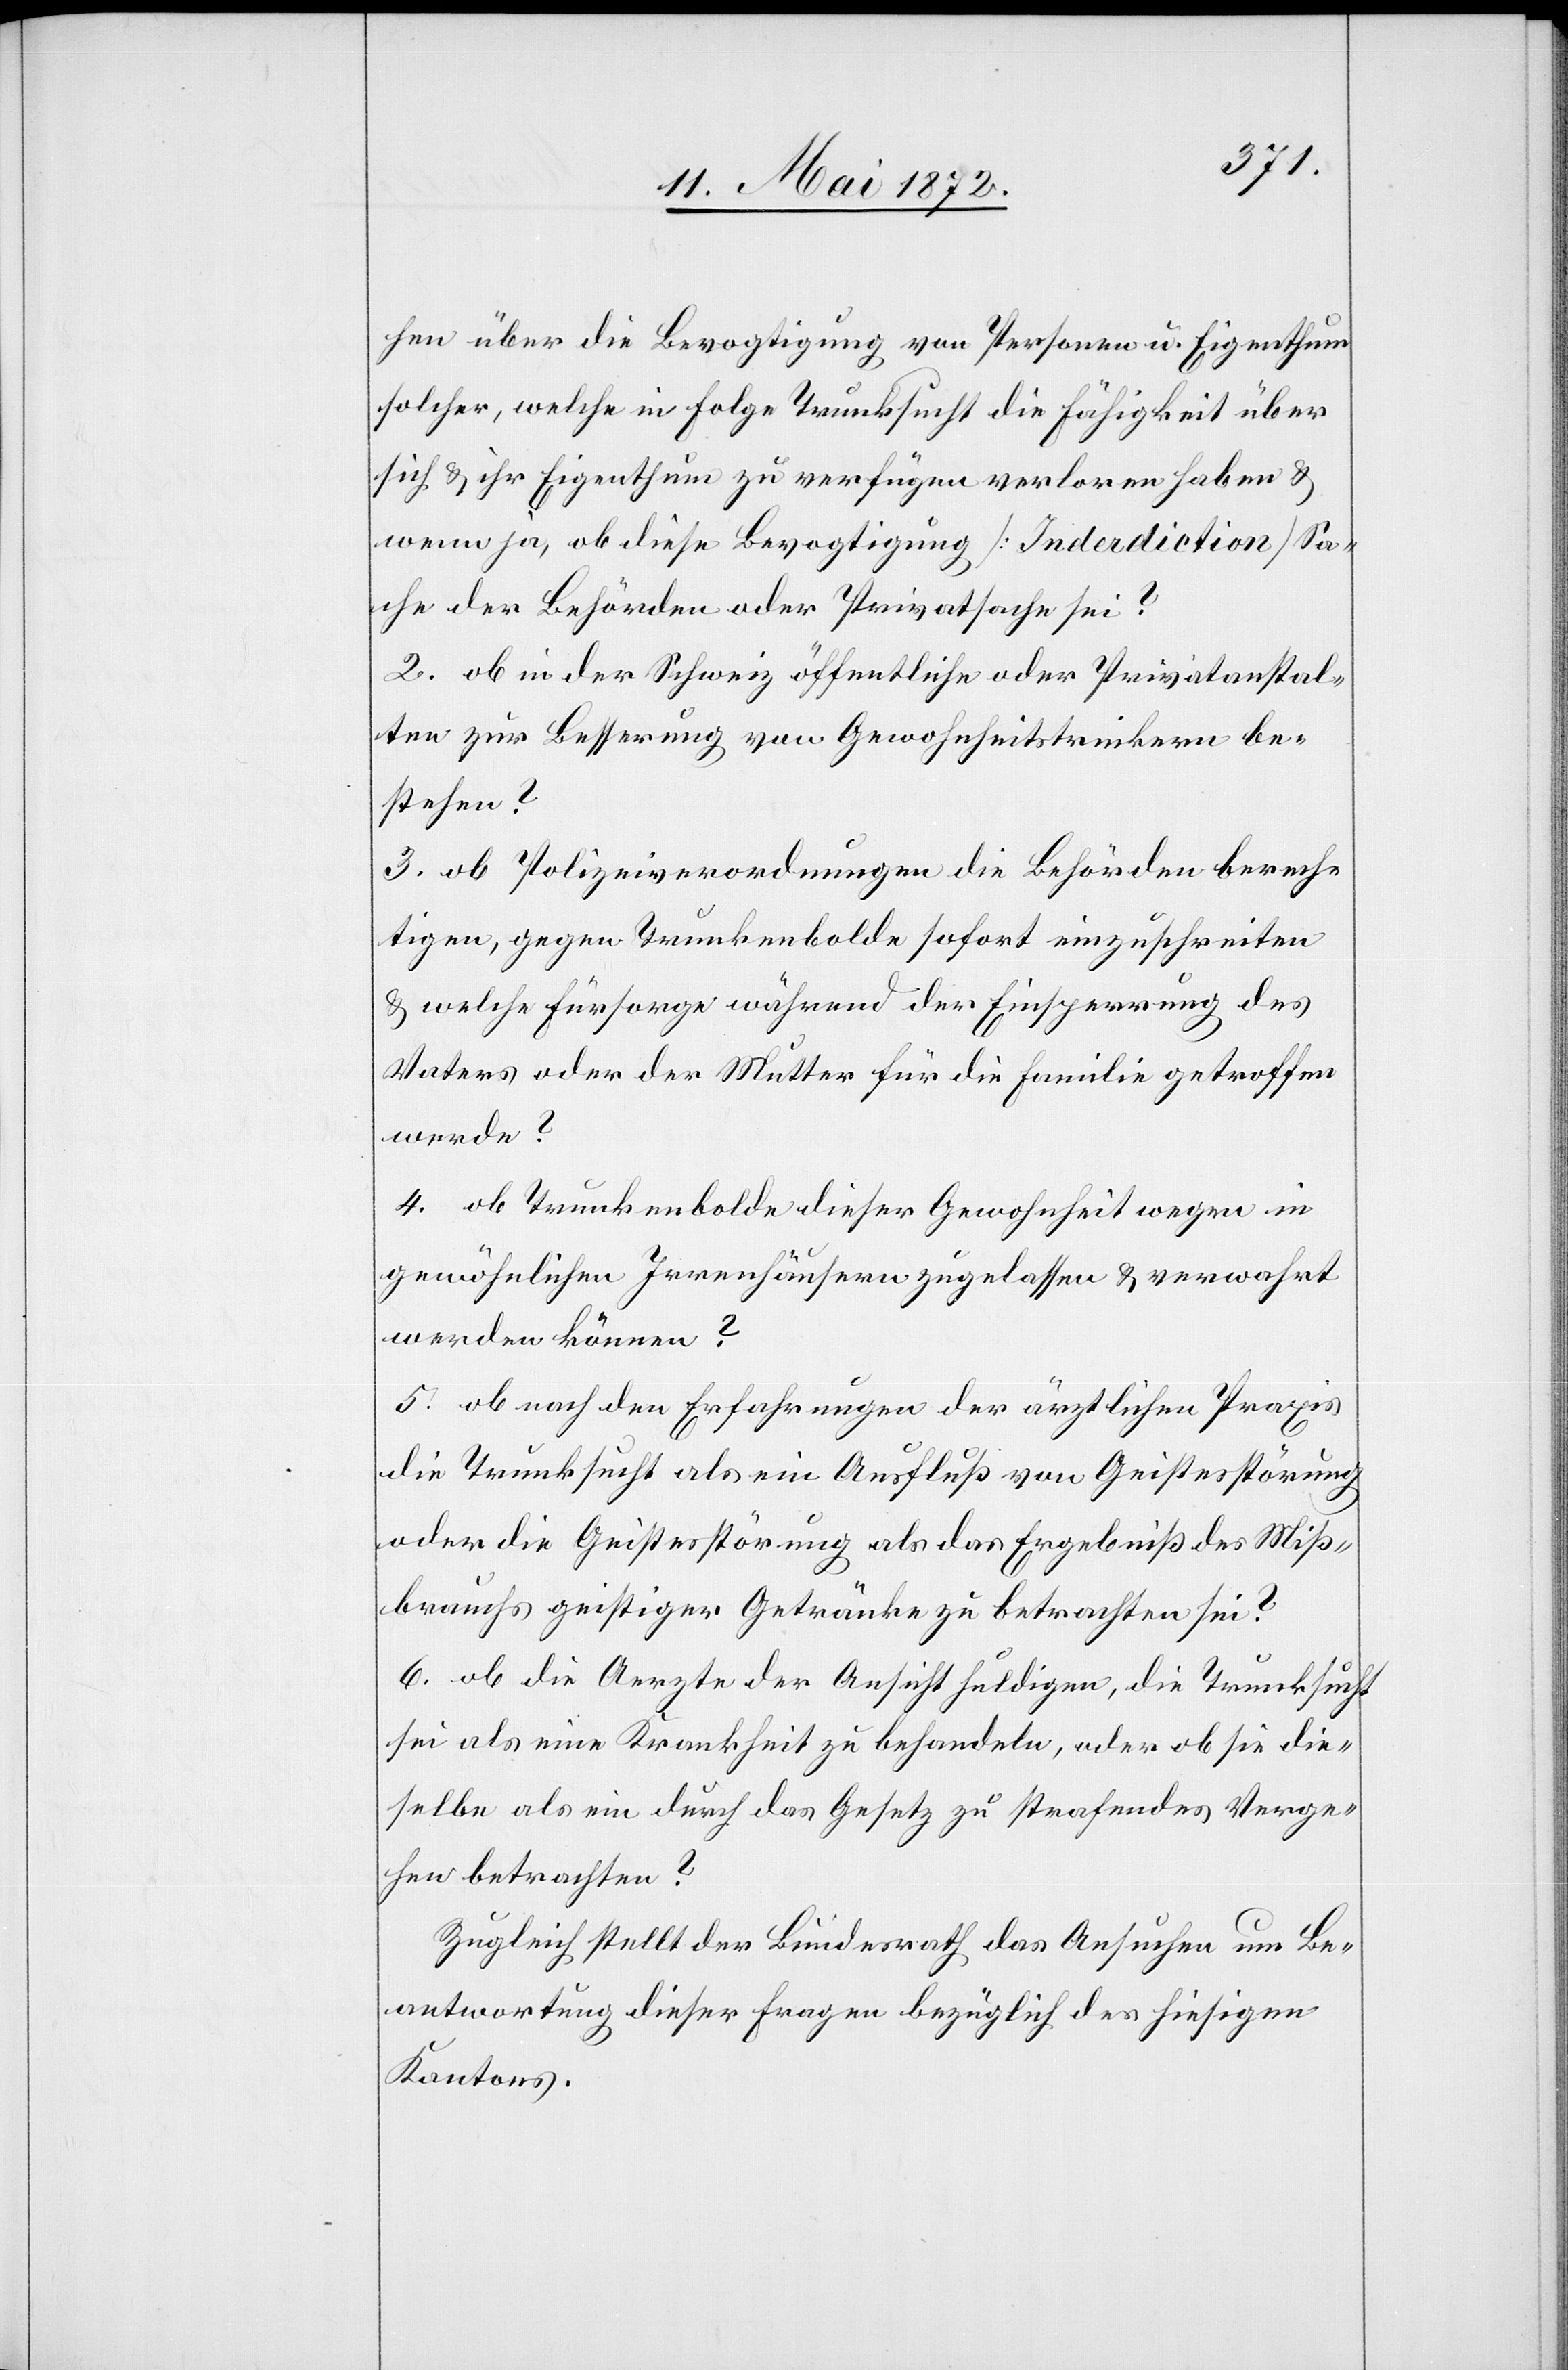
hen über die Bevogtigung von Personen u. Eigenthum
solcher, welche in Folge Trunksucht die Fähigkeit über
sich u. ihr Eigenthum zu verfügen verloren haben u.
wenn ja, ob diese Bevogtigung [Inderdiction] [sic!]
Sache der Behörden oder Privatsache sei?
2. ob in der Schweiz öffentliche oder Privatanstal¬
ten zur Besserung von Gewohnheitstrinkern be¬
stehen?
3. ob Polizeiverordnungen die Behörden berech¬
tigen, gegen Trunkenbolde sofort einzuschreiten
u. welche Fürsorge während der Einsperrung des
Vaters oder der Mutter für die Familie getroffen
werde?
4. ob Trunkenbolde dieser Gewohnheit wegen in
gewöhnlichen Irrenhäusern zugelassen u. verwahrt
werden können?
5. ob nach den Erfahrungen der ärztlichen Praxis
die Trunksucht als ein Ausfluß von Geistesstörung
oder die Geistesstörung als das Ergebniß des Miß¬
brauchs geistiger Getränke zu betrachten sei?
6. ob die Aerzte der Ansicht huldigen, die Trunksucht
sei als eine Krankheit zu behandeln, oder ob sie die¬
selbe als ein durch das Gesetz zu strafendes Verge¬
hen betrachten?
Zugleich stellt der Bundesrath das Ansuchen um Be¬
antwortung dieser Fragen bezüglich des hiesigen
Kantons